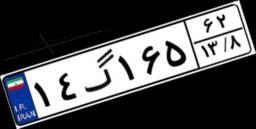
۷۰گ۵۰۹۰۵